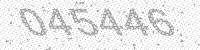
Solution: 045446